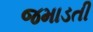
જમાડતી